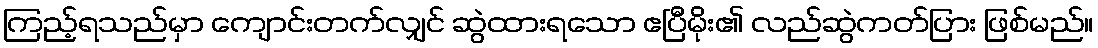
ကြည့်ရသည်မှာ ကျောင်းတက်လျှင် ဆွဲထားရသော ဧပြီမိုး၏ လည်ဆွဲကတ်ပြား ဖြစ်မည်။